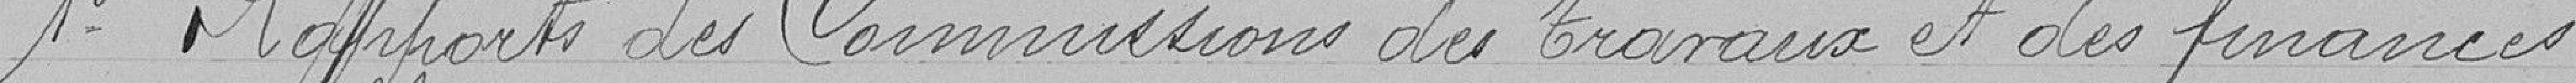
1e Rapports des commissions des travaux et des finances